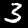
Digit: 3